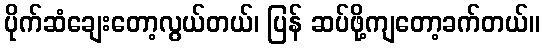
ပိုက်ဆံချေးတော့လွယ်တယ်၊ ပြန် ဆပ်ဖို့ကျတော့ခက်တယ်။